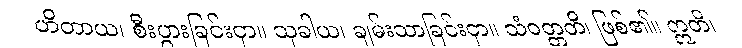
ဟိတာယ၊ စီးပွားခြင်းငှာ။ သုခါယ၊ ချမ်းသာခြင်းငှာ။ သံဝတ္တတိ၊ ဖြစ်၏။ ဣတိ၊